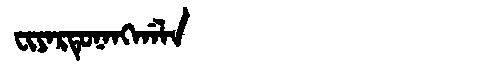
Manchu: ᠸᡳᠶᠠᡵᡨᡠᠨᠠᠩᡤᠠᠯᠠ
Romanization: FIYARTUNANGGALA